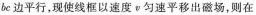
bc边平行，现使线框以速度v匀速平移出磁场，则在